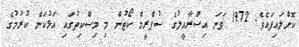
ކޮށްލައިފައެވެ. 1972 ވަނަ އިސްރާއީލުގެ ސުޕްރީމް ކޯޓުން މި މިސްކިތުގައި އަޅުކަން ކުރުމުގެ